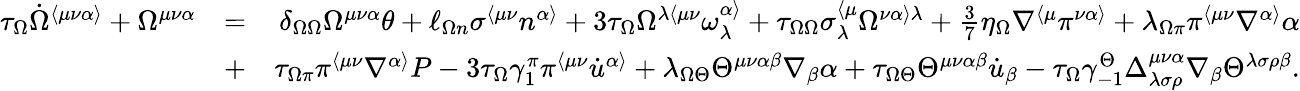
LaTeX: \begin{array}{rlr}{\tau_{\Omega}\dot{\Omega}^{\langle\mu\nu\alpha\rangle}+\Omega^{\mu\nu\alpha}}&{=}&{\delta_{\Omega\Omega}\Omega^{\mu\nu\alpha}\theta+\ell_{\Omega n}\sigma^{\langle\mu\nu}n^{\alpha\rangle}+3\tau_{\Omega}\Omega^{\lambda\langle\mu\nu}\omega^{\alpha\rangle}_{\lambda}+\tau_{\Omega\Omega}\sigma_{\lambda}^{\langle\mu}\Omega^{\nu\alpha\rangle\lambda}+\frac{3}{7}\eta_{\Omega}\nabla^{\langle\mu}\pi^{\nu\alpha\rangle}+\lambda_{\Omega\pi}\pi^{\langle\mu\nu}\nabla^{\alpha\rangle}\alpha}\\ &{+}&{\tau_{\Omega\pi}\pi^{\langle\mu\nu}\nabla^{\alpha\rangle}P-3\tau_{\Omega}\gamma_{1}^{\pi}\pi^{\langle\mu\nu}\dot{u}^{\alpha\rangle}+\lambda_{\Omega\Theta}\Theta^{\mu\nu\alpha\beta}\nabla_{\beta}\alpha+\tau_{\Omega\Theta}\Theta^{\mu\nu\alpha\beta}\dot{u}_{\beta}-\tau_{\Omega}\gamma_{-1}^{\Theta}\Delta_{\lambda\sigma\rho}^{\mu\nu\alpha}\nabla_{\beta}\Theta^{\lambda\sigma\rho\beta}.}\end{array}